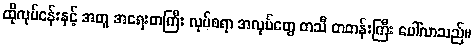
ထိုလုပ်ငန်းနှင့် အတူ အရေးတကြီး လုပ်စရာ အလုပ်တွေ တသီ တတန်းကြီး ပေါ်လာသည်။